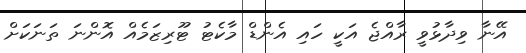
އޭނާ ވިދާޅުވީ ރާއްޖެ އަކީ ހައި އެންޑް މާކެޓު ޓޫރިޒަމެއް އޮންނަ ތަނަކަށް